Annual report of the Prince of Wales Medical College, Patna
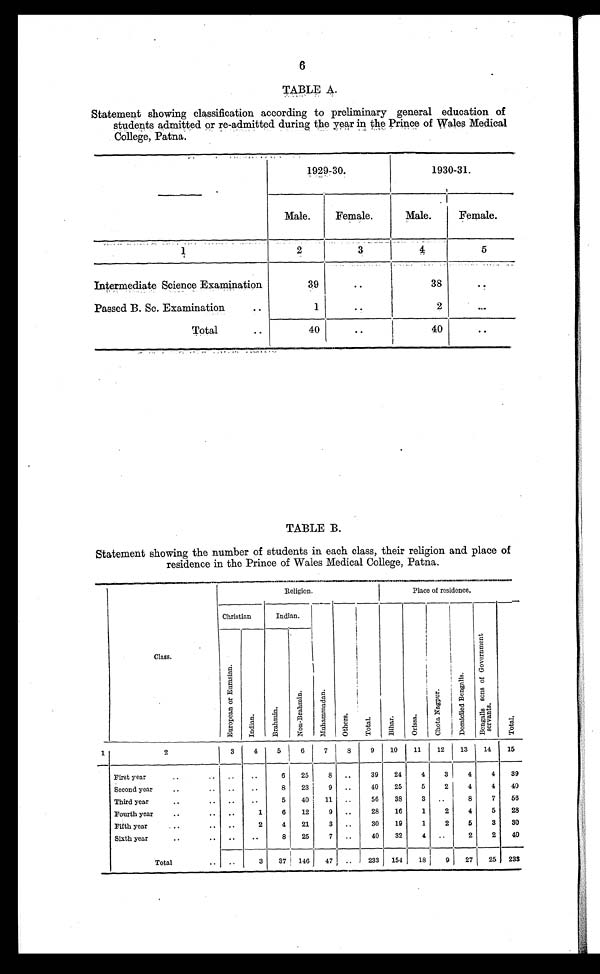
6
TABLE A.
Statement showing classification according to preliminary general education of
students admitted or re-admitted during the year in the Prince of Wales Medical
College, Patna.
—
1929-30.
1930-31.
Male.
Female.
Male.
Female.
1
2
3
4
5
Intermediate Science Examination
39
..
38
. .
Passed B. Sc. Examination ..
1
. .
2
..
Total ..
40
..
40
. .
TABLE B.
Statement showing the number of students in each class, their religion and place of
residence in the Prince of Wales Medical College, Patna.
Class.
Religion.
Place of residence.
Christian
Indian.
M u h a m m a d a n .
O t h e r s .
T o t a l .
B i h a r .
O r i s s a .
C h o t a N a g p u r .
D o m i c i l e d B e n g a l i s .
B e n g a l i s s o n s o f G o v e r n m e n t s e r v a n t s .
T o t a l .
E u r o p e a n o r E u r a s i a n .
I n d i a n .
B r a h m i n .
N o n - B r a h m i n .
1
2
3
4
5
6
7
8
9 10
11
12 13
14 15
First year
..
.. ..
..
6 25
8 ..
39 24
4
3
4
4 39
Second year
..
.. ..
..
8 23
9 ..
40 25
5
2
4
4 40
Third year
..
.. ..
..
5 40 11 ..
56 38
3 ..
8
7 56
Fourth year
..
.. ..
1
6 12
9 ..
28 16
1
2
4
5 28
Fifth year
..
.. ..
2
4 21
3 ..
30 19
1
2
5
3 30
Sixth year
..
.. ..
..
8 25
7 ..
40 32
4 ..
2
2 40
Total
.. ..
3 37 146 47 ..
233 154 l8
9 27 25 233